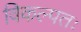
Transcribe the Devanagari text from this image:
विकल्पतः